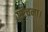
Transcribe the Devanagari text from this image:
सोचना।